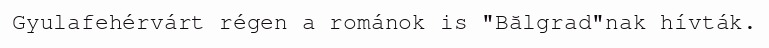
Gyulafehérvárt régen a románok is "Bălgrad"nak hívták.